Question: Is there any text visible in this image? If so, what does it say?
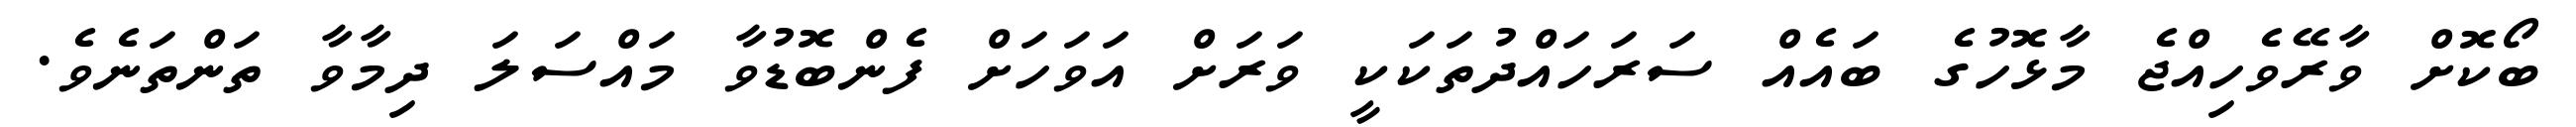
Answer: ބޯކޮށް ވާރޭވެހިއްޖެ މާޅޮހުގެ ބައެއް ސަރަހައްދުތަކަކީ ވަރަށް އަވަހަށް ފެންބޮޑުވާ މައްސަލަ ދިމާވާ ތަންތަނެވެ.